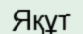
Яқұт